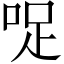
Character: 哫